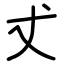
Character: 𠀋